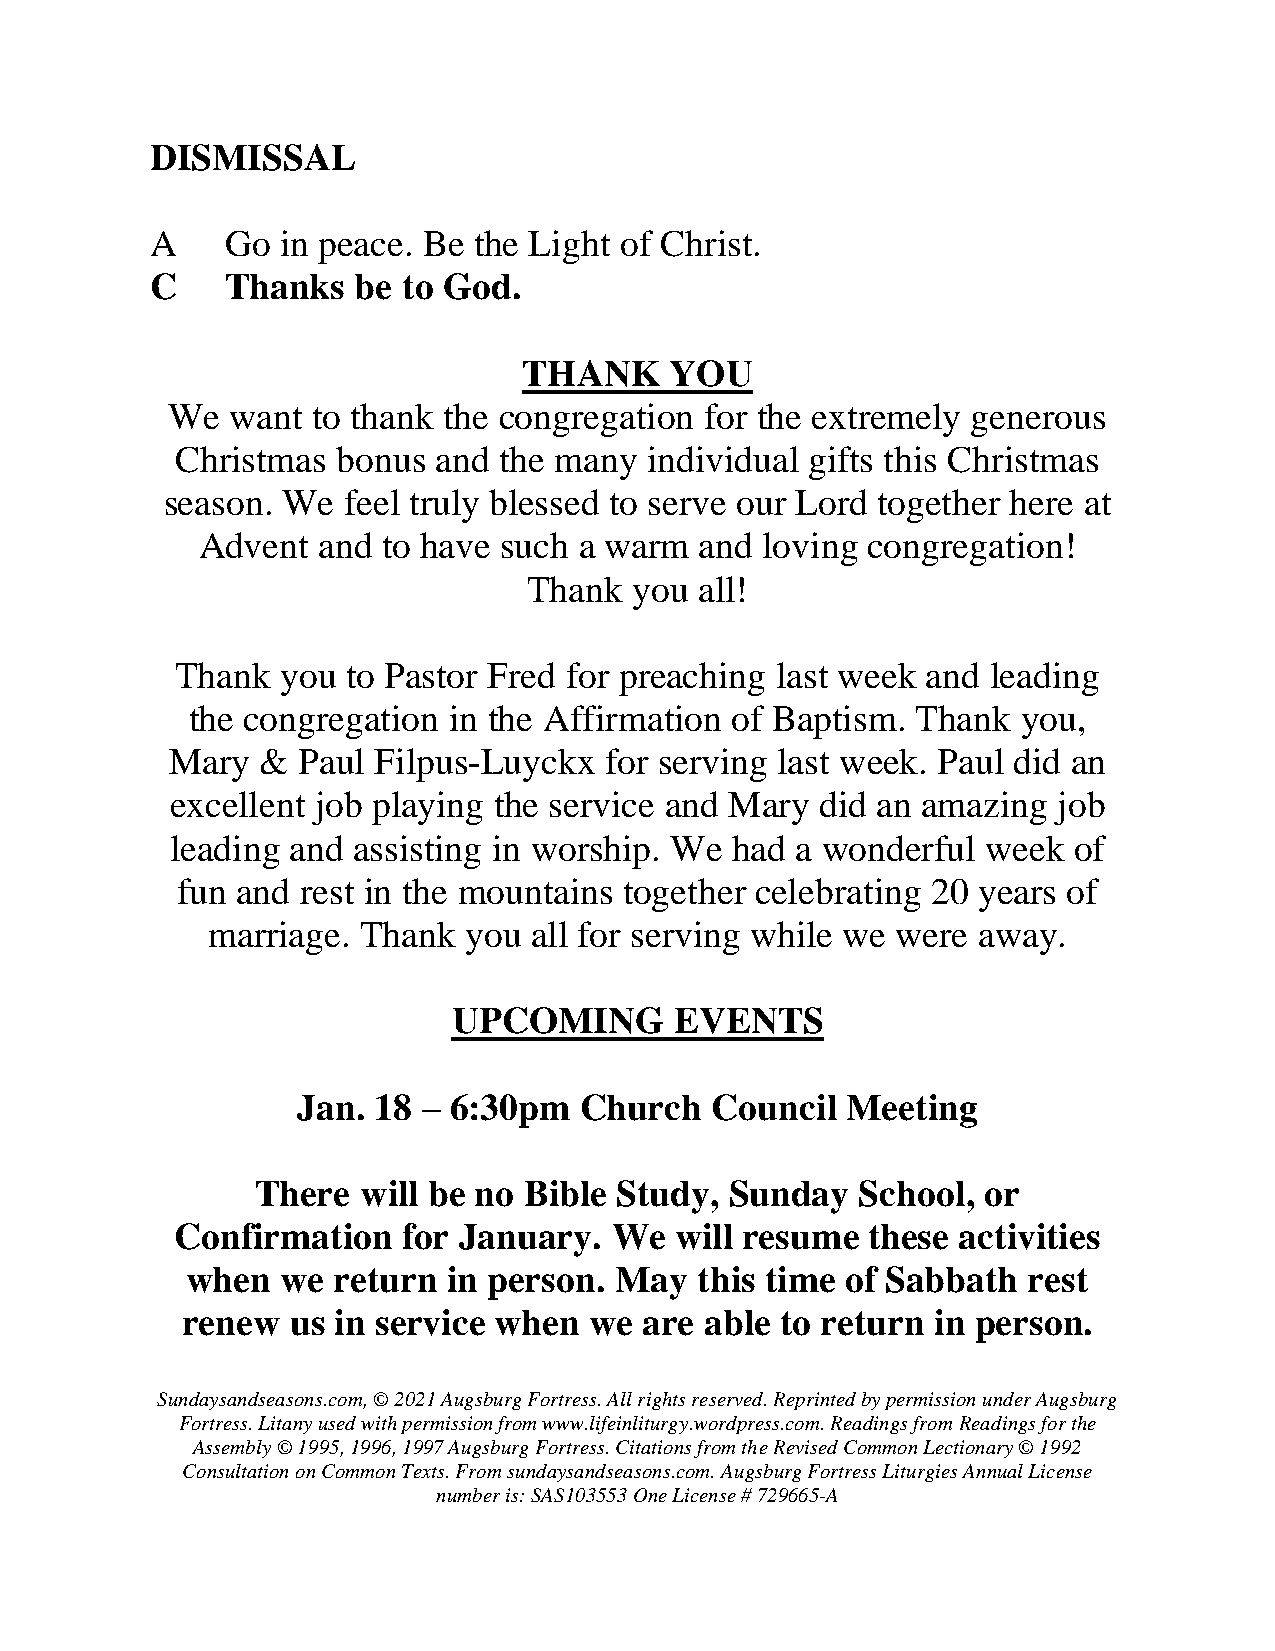
DISMISSAL
 A    Go  in peace. Be the Light of Christ.
 C    Thanks   be to God.
 THANK    YOU
 We  want  to thank the congregation for the extremely generous
 Christmas bonus  and the many  individual gifts this Christmas
 season. We  feel truly blessed to serve our Lord together here at
 Advent  and to have such a warm  and loving congregation!
 Thank  you all!
 Thank  you to Pastor Fred for preaching last week and leading
 the congregation  in the Affirmation of Baptism. Thank  you,
 Mary  &  Paul Filpus-Luyckx  for serving last week. Paul did an
 excellent job playing the service and Mary did an amazing  job
 leading and assisting in worship. We had  a wonderful week  of
 fun and rest in the mountains together celebrating 20 years of
 marriage. Thank  you all for serving while we were away.
 UPCOMING       EVENTS
 Jan. 18 – 6:30pm  Church   Council  Meeting
 There  will be no Bible Study, Sunday   School, or
 Confirmation   for January.  We  will resume  these activities
 when   we return  in person. May  this time of Sabbath  rest
 renew  us in service when  we  are able to return in person.
 Sundaysandseasons.com, © 2021 Augsburg Fortress. All rights reserved. Reprinted by permission under Augsburg
 Fortress. Litany used with permission from www.lifeinliturgy.wordpress.com. Readings from Readings for the
 Assembly © 1995, 1996, 1997 Augsburg Fortress. Citations from the Revised Common Lectionary © 1992
 Consultation on Common Texts. From sundaysandseasons.com. Augsburg Fortress Liturgies Annual License
 number is: SAS103553 One License # 729665-A